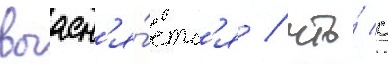
выасн'я́етс'я / что́ с